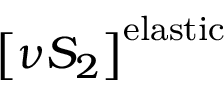
\left[ \nu S _ { 2 } \right] ^ { \mathrm { e l a s t i c } }